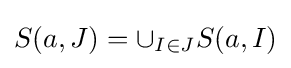
S(a,J)=\cup _{I\in J}S(a,I)